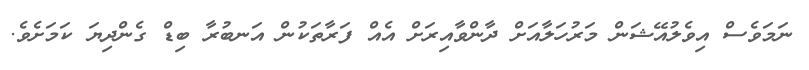
ނަމަވެސް އިވެލުއޭޝަން މަރުހަލާއަށް ދާންވާއިރަށް އެއް ފަރާތަކުން އަނބުރާ ބިޑް ގެންދިޔަ ކަމަށެވެ.